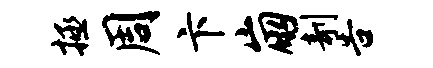
拯周卞崩剞告